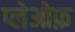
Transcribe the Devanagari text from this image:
प्लेओफ़